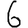
Digit: 6